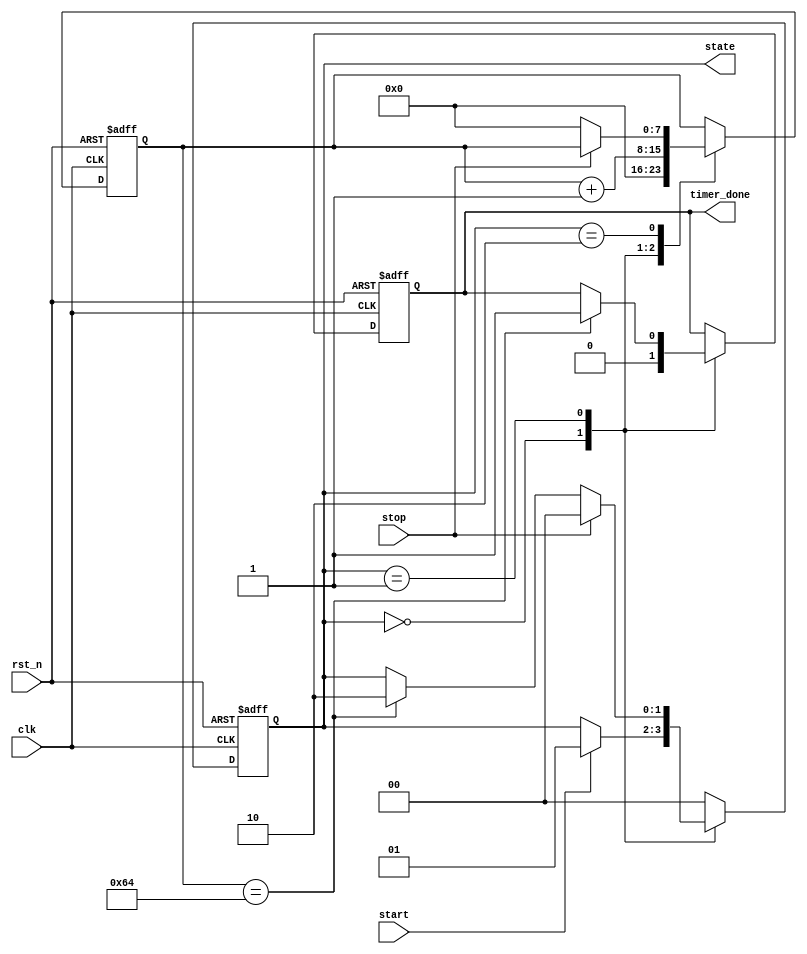
module TimerBasedMealyFSM (
    input wire clk,          // Clock input
    input wire rst_n,       // Active-low reset
    input wire start,       // Start signal to initiate the timer
    input wire stop,        // Stop signal to halt the timer
    output reg timer_done,   // Output signal indicating timer timeout
    output reg [1:0] state   // Current state output
);

// State encoding
localparam IDLE     = 2'b00;  // Idle state
localparam ACTIVE   = 2'b01;  // Active state
localparam TIMEOUT  = 2'b10;  // Timeout state

// Timer parameters
parameter TIMER_MAX = 8'd100; // Example timer maximum value
reg [7:0] timer;               // Timer register

// State transition
always @(posedge clk or negedge rst_n) begin
    if (!rst_n) begin
        state <= IDLE;
        timer <= 8'b0;
        timer_done <= 1'b0;
    end else begin
        case (state)
            IDLE: begin
                timer <= 8'b0;
                timer_done <= 1'b0;
                if (start) begin
                    state <= ACTIVE; // Transition to ACTIVE state
                end
            end
            
            ACTIVE: begin
                timer <= timer + 1; // Increment timer
                if (timer == TIMER_MAX) begin
                    state <= TIMEOUT; // Transition to TIMEOUT state
                    timer_done <= 1'b1; // Timer has expired
                end
                if (stop) begin
                    state <= IDLE; // Transition back to IDLE state if stopped
                end
            end
            
            TIMEOUT: begin
                // Handle timeout state logic
                if (stop) begin
                    state <= IDLE; // Transition back to IDLE state if stopped
                end else begin
                    // Optionally reset timer for subsequent timeouts
                    timer <= 8'b0; 
                    state <= IDLE; // Return to IDLE or handle further logic
                end
            end
            
            default: state <= IDLE; // Default case to ensure state machine is well-defined
        endcase
    end
end

endmodule